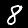
Digit: 8